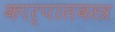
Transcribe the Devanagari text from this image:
कार्पासवस्त्र